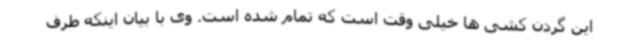
این گردن کشی ها خیلی وقت است که تمام شده است. وی با بیان اینکه طرف